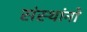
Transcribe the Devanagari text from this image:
संस्थांनो